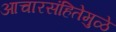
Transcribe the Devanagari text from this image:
आचारसंहितेमुळे